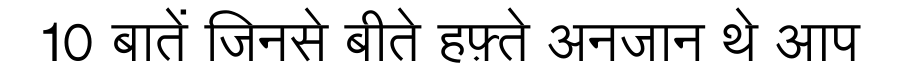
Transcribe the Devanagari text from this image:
10 बातें जिनसे बीते हफ़्ते अनजान थे आप